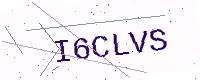
Text: I6CLVS